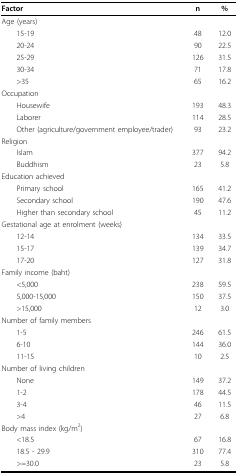
<table><thead><tr><td><b>Factor</b></td><td><b>n</b></td><td><b>%</b></td></tr></thead><tbody><tr><td>Age (years)</td><td></td><td></td></tr><tr><td> 15-19</td><td>48</td><td>12.0</td></tr><tr><td> 20-24</td><td>90</td><td>22.5</td></tr><tr><td> 25-29</td><td>126</td><td>31.5</td></tr><tr><td> 30-34</td><td>71</td><td>17.8</td></tr><tr><td> &gt; 35</td><td>65</td><td>16.2</td></tr><tr><td>Occupation</td><td></td><td></td></tr><tr><td> Housewife</td><td>193</td><td>48.3</td></tr><tr><td> Laborer</td><td>114</td><td>28.5</td></tr><tr><td> Other (agriculture/government employee/trader)</td><td>93</td><td>23.2</td></tr><tr><td>Religion</td><td></td><td></td></tr><tr><td> Islam</td><td>377</td><td>94.2</td></tr><tr><td> Buddhism</td><td>23</td><td>5.8</td></tr><tr><td>Education achieved</td><td></td><td></td></tr><tr><td> Primary school</td><td>165</td><td>41.2</td></tr><tr><td> Secondary school</td><td>190</td><td>47.6</td></tr><tr><td> Higher than secondary school</td><td>45</td><td>11.2</td></tr><tr><td>Gestational age at enrolment (weeks)</td><td></td><td></td></tr><tr><td> 12-14</td><td>134</td><td>33.5</td></tr><tr><td> 15-17</td><td>139</td><td>34.7</td></tr><tr><td> 17-20</td><td>127</td><td>31.8</td></tr><tr><td>Family income (baht)</td><td></td><td></td></tr><tr><td> &lt; 5,000</td><td>238</td><td>59.5</td></tr><tr><td> 5,000-15,000</td><td>150</td><td>37.5</td></tr><tr><td> &gt; 15,000</td><td>12</td><td>3.0</td></tr><tr><td>Number of family members</td><td></td><td></td></tr><tr><td> 1-5</td><td>246</td><td>61.5</td></tr><tr><td> 6-10</td><td>144</td><td>36.0</td></tr><tr><td> 11-15</td><td>10</td><td>2.5</td></tr><tr><td>Number of living children</td><td></td><td></td></tr><tr><td> None</td><td>149</td><td>37.2</td></tr><tr><td> 1-2</td><td>178</td><td>44.5</td></tr><tr><td> 3-4</td><td>46</td><td>11.5</td></tr><tr><td> &gt; 4</td><td>27</td><td>6.8</td></tr><tr><td>Body mass index (kg/m<sup>2</sup>)</td><td></td><td></td></tr><tr><td> &lt; 18.5</td><td>67</td><td>16.8</td></tr><tr><td> 18.5 - 29.9</td><td>310</td><td>77.4</td></tr><tr><td> &gt; =30.0</td><td>23</td><td>5.8</td></tr></tbody></table>